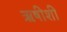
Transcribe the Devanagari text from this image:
ऋषीशी